Problem: 39 + 18 = ?
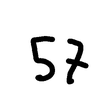
Handwritten answer: 57